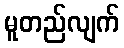
မူတည်လျက်